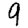
Digit: 9